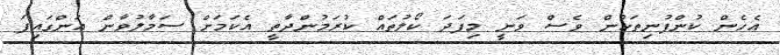
އެހެން ކުންފުނިތަކުން ވެސް ވަނީ މިފަދަ ކޯލުތައް ކުރަމުންދާތީ އެކަމަށް ސަމާލުވާން އަންގައިފަ